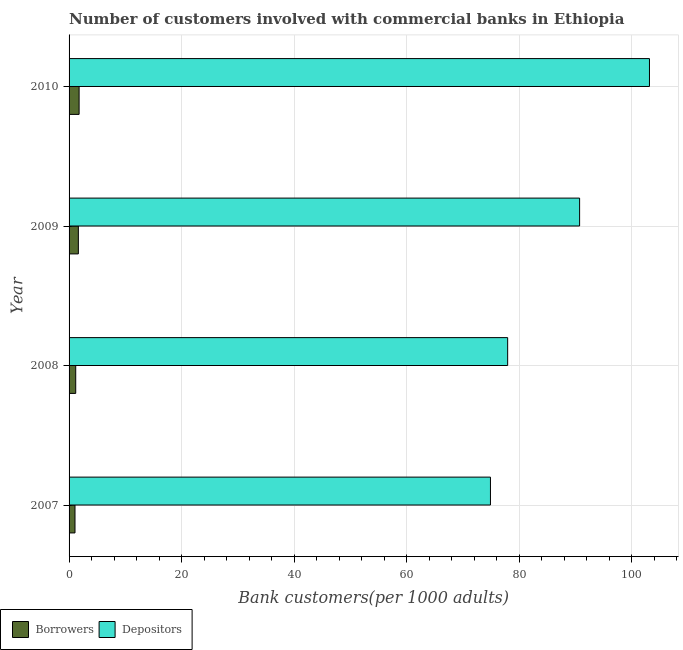
| Year | Borrowers | Depositors |
 | --- | --- | --- |
 | 2007 | 1.05 | 74.9 |
 | 2008 | 1.18 | 78 |
 | 2009 | 1.65 | 90.7 |
 | 2010 | 1.78 | 103 |